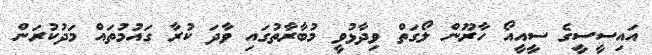
އައިސީސީގެ ސީއީއޯ ހާރޫން ލޯގަތް ވިދާޅުވީ މުބާރާތުގައި ވާދަ ކުރާ ގައުމުތައް މަދުކުރަން